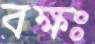
বক্ষঃ